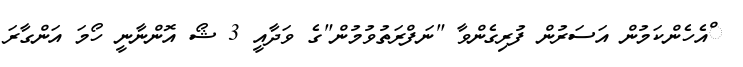
ްއެހެންކަމުން އަސަރުން ފުރިގެންވާ "ނަފްރަތުވުމުން"ގެ ވަދާއީ 3 ޝޯ އޮންނާނީ ހޯމަ އަންގާރަ